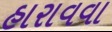
હારાવવા